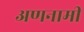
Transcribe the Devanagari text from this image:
अणनामी